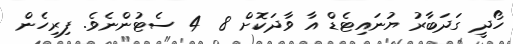
ހޯދީ ގަދަބާރު ޔުނައިޓެޑް އާ ވާދަކޮށް 8  4 ސެޓުންނެވެ. ފިރިހެން